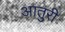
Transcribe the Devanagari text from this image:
आतुरी